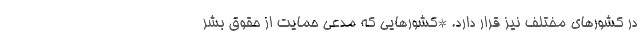
در کشورهای مختلف نیز قرار دارد. *کشورهایی که مدعی حمایت از حقوق بشر